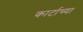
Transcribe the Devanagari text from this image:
कार्टाच्या